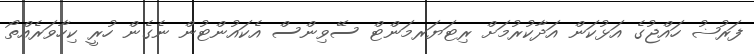
ފަރުޟު ހައްޖުގެ އަޅުކަން އަދާކުރުމަށް ރިޓަޔަރމަންޓް ސޭވިންސް އެކައުންޓުން ނެގެން ހުރީ ކިހާވަރެއްތޯ